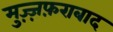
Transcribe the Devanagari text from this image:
मुज़्ज़फ़राबाद